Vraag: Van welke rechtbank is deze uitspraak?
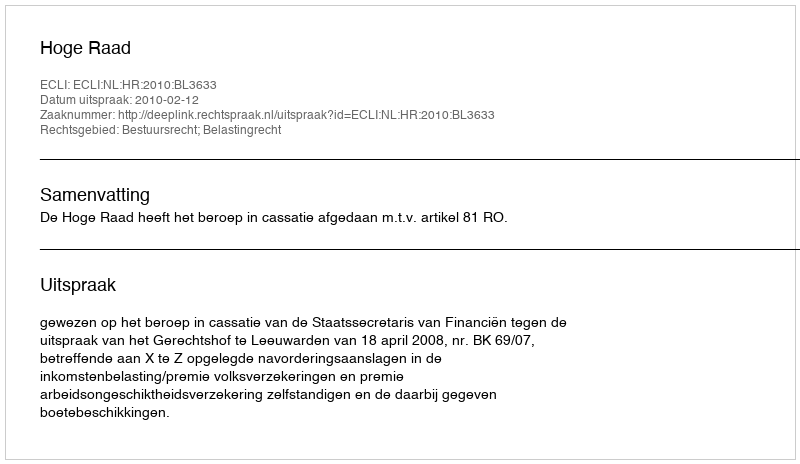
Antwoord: Hoge Raad